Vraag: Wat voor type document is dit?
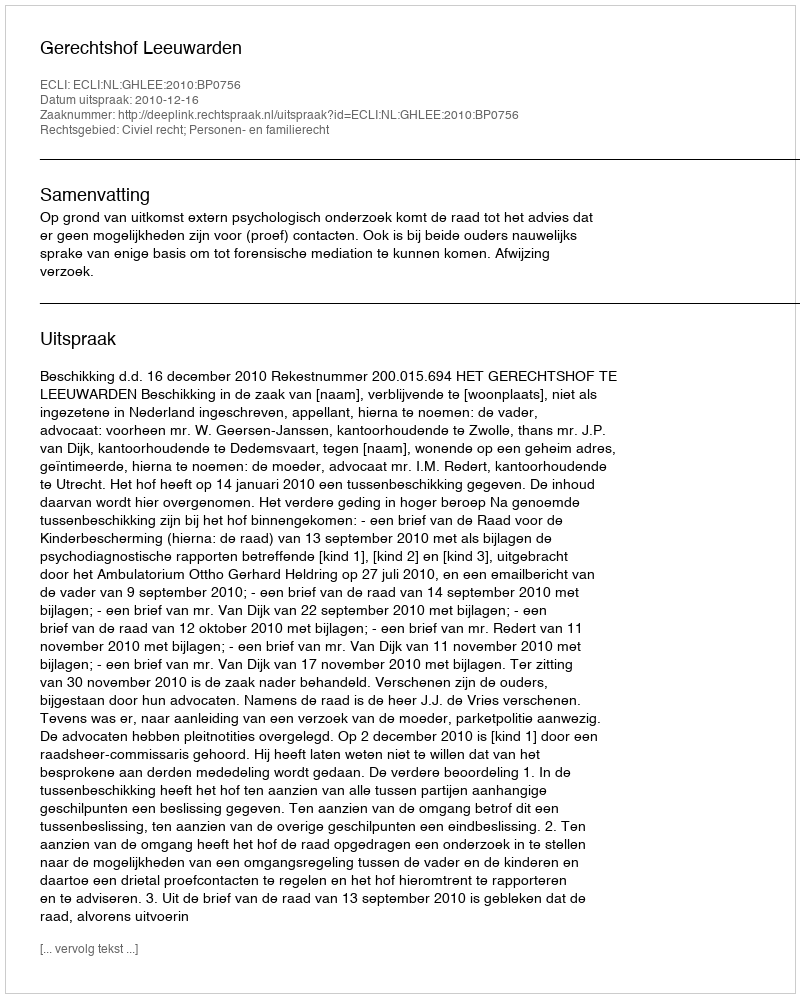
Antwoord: Uitspraak